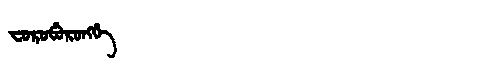
Manchu: ᠸᠣᡵᠣᠪᡠᡵᠣᠩᡤᡝ
Romanization: FOROBURONGGE